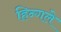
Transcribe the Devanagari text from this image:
हिन्गले